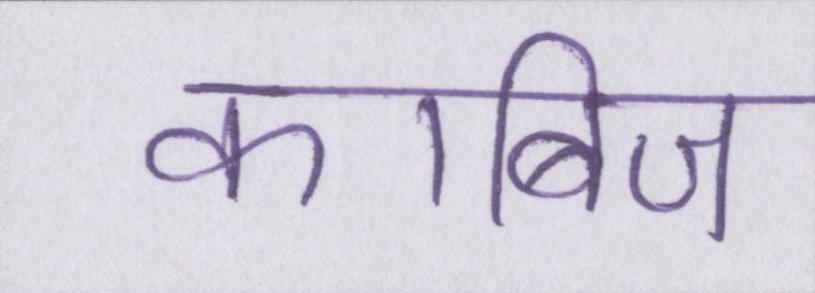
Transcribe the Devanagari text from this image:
काबिज